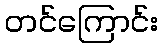
တင်ကြောင်း